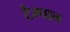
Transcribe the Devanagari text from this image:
टैम्पान